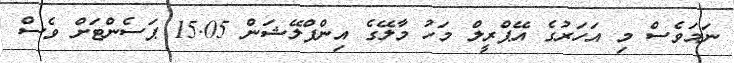
ނަމަވެސް މި އަހަރުގެ އޭޕްރީލް މަހު މާލޭގެ އިންފްލޭޝަން 15.05 ޕަސެންޓަށް ވެސް